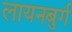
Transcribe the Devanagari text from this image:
लायनबुर्ग